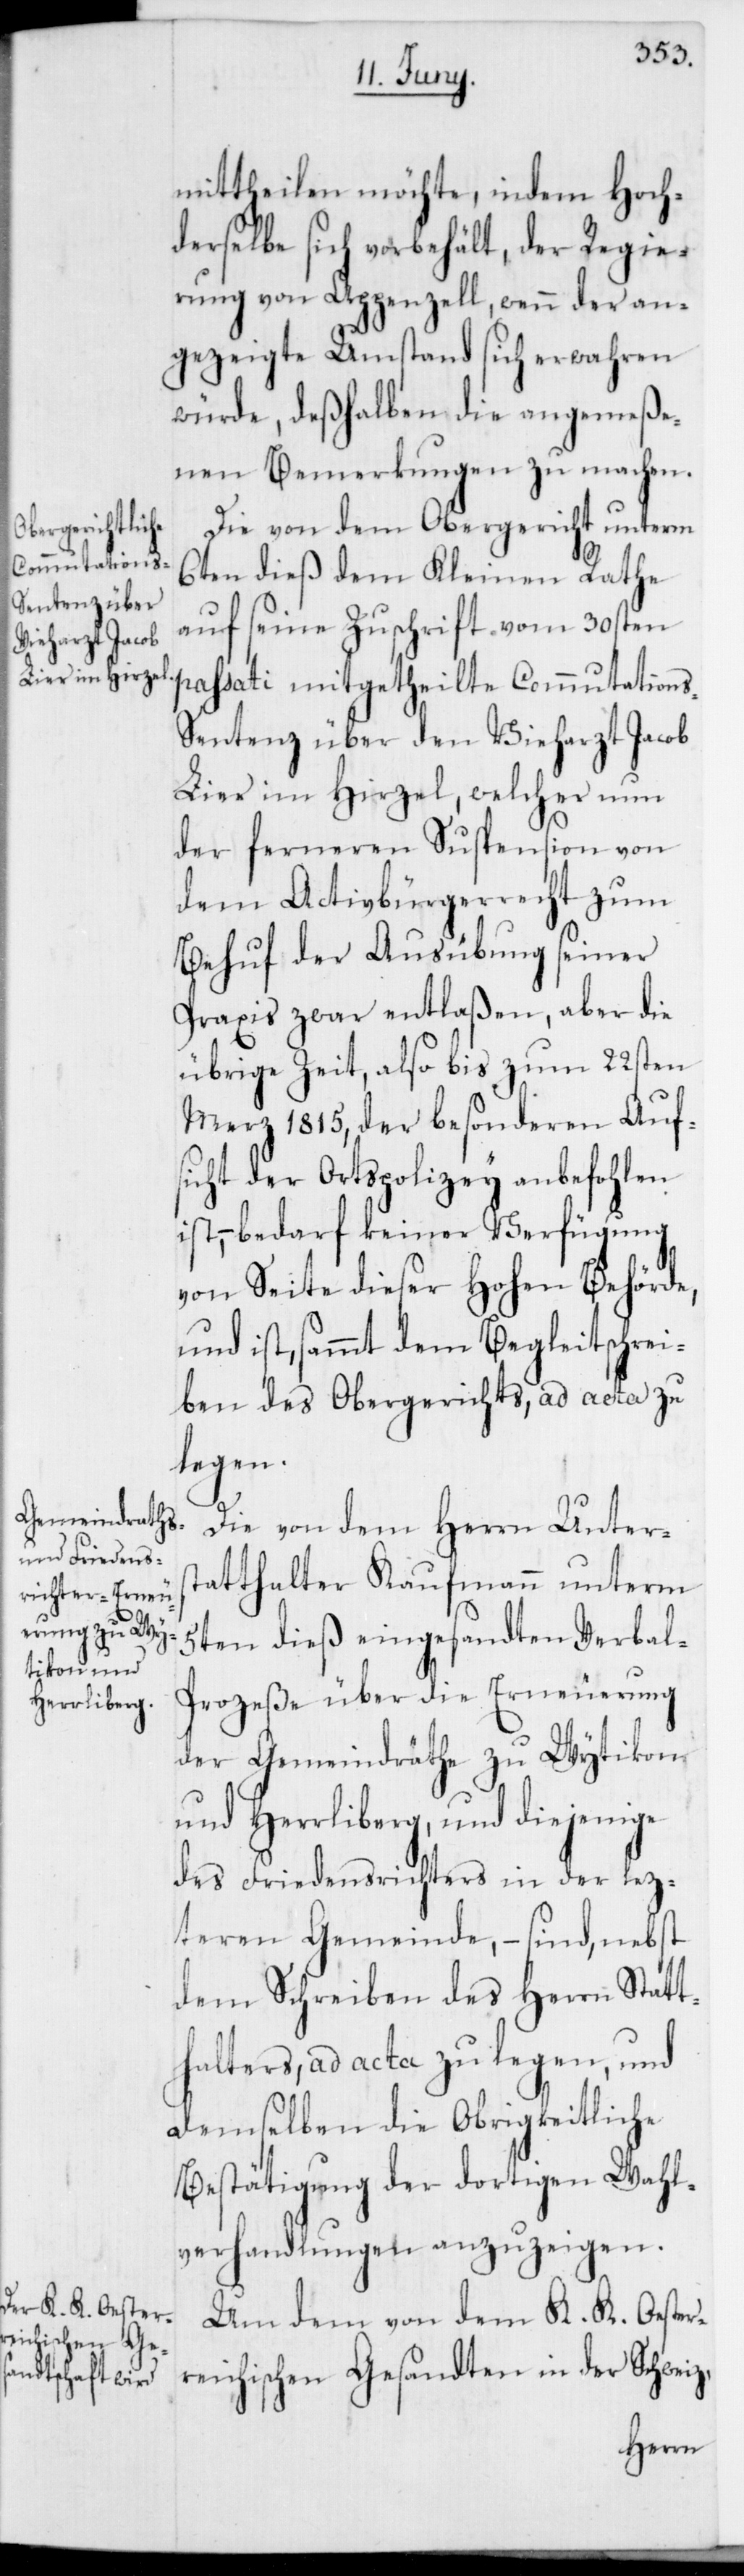
mittheilen möchte, indem Hoch¬
derselbe sich vorbehält, der Regie¬
rung von Appenzell, wenn der an¬
gezeigte Umstand sich verwahren
würde, deßhalben die angemeße¬
nen Bemerkungen zu machen.
Die von dem Obergericht unterm
6ten dieß dem Kleinen Rathe
auf seine Zuschrift vom 30sten
passati mitgetheilte Commutation¬
s-Sentenz über den Vieharzt Jacob
Lier im Hirzel, welcher nun
der ferneren Suspension von
dem Activbürgerrecht zum
Behuf der Ausübung seiner
Praxis zwar entlaßen, aber die
übrige Zeit, also bis zum 22sten
Merz 1815, der besonderen Auf¬
sicht der Ortspolizey anbefohlen
ist, – bedarf keiner Verfügung
von Seite dieser Hohen Behörde,
und ist, sammt dem Begleitschrei¬
ben des Obergerichts, ad acta zu
legen.
Die von dem Herrn Unters¬
tatthalter Kaufmann unterm
5ten dieß eingesandten Verba¬
l-Prozeße über die Erneuerung
der Gemeindräthe zu Wytikon
und Herrliberg, und diejenige
des Friedensrichters in der lez¬
teren Gemeinde, – sind, nebst
dem Schreiben des Herrn Statt¬
halters, ad acta zu legen, und
demselben die Obrigkeitliche
Bestätigung der dortigen Wahl¬
verhandlungen anzuzeigen.
Um dem von dem K. K. Oe¬
sterreichischen Gesandten in der Schweiz,